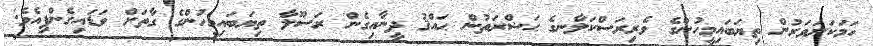
ހަމަކަށަވަރުން ތިޔަބައިމީހުންގެ ވެރިރަސްކަލާނގެ ޙަޟްރަތުން ޙައްޤު ދީނާއިގެން ރަސޫލާ ތިޔަބައިމީހުންގެ ގާތަށް ވަޑައިގެންފިއެވެ.'